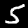
Digit: 5